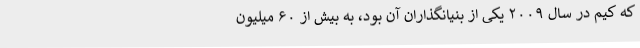
که کیم در سال ۲۰۰۹ یکی از بنیانگذاران آن بود، به بیش از ۶۰ میلیون